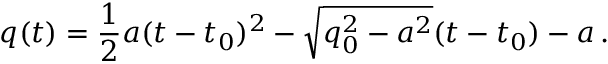
q ( t ) = { \frac { 1 } { 2 } } a ( t - t _ { 0 } ) ^ { 2 } - \sqrt { q _ { 0 } ^ { 2 } - a ^ { 2 } } ( t - t _ { 0 } ) - a \, .